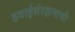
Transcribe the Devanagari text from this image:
हवाईसंरक्षणाची